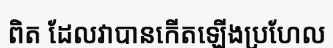
ពិត ដែលវាបានកើតឡើងប្រហែល